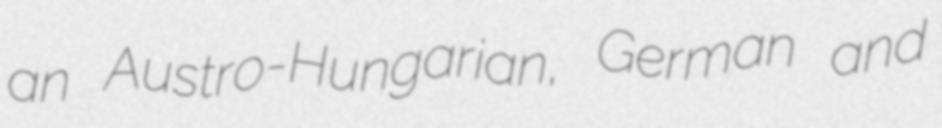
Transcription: an Austro-Hungarian, German and